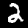
Label: 2